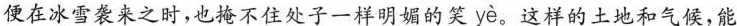
便在冰雪袭来之时，也掩不住处子一样明媚的笑 yè 。这样的土地和气候，能